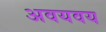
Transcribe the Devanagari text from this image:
अवयवय